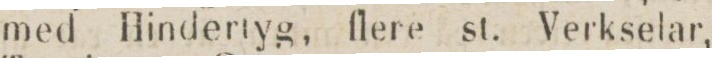
med Hindertyg, flere st. Verkselar,